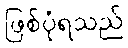
ဖြစ်ပုံရသည်